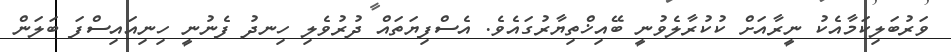
ވަރުބަލިކަމާއެކު ނީރާއަށް ކުކުރާލެވުނީ ބޭއިޚްތިޔާރުގައެވެ. އެސްފިޔަތައް ދުރުވެލި ހިނދު ފެނުނީ ހިނިއައިސްފަ ބަލަން